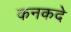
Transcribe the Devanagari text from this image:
कनकदे